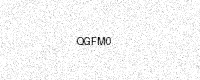
Text: QGFM0